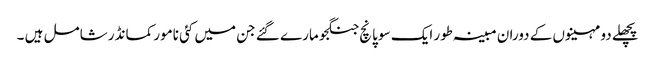
پچھلے دو مہینوں کے دوران مبینہ طور ایک سو پانچ جنگجو مارے گئے جن میں کئی نامور کمانڈر شامل ہیں ۔